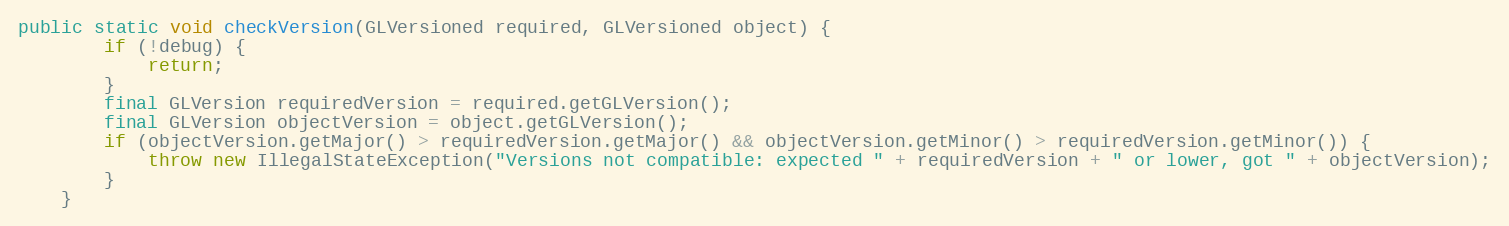
Language: Java
public static void checkVersion(GLVersioned required, GLVersioned object) {
        if (!debug) {
            return;
        }
        final GLVersion requiredVersion = required.getGLVersion();
        final GLVersion objectVersion = object.getGLVersion();
        if (objectVersion.getMajor() > requiredVersion.getMajor() && objectVersion.getMinor() > requiredVersion.getMinor()) {
            throw new IllegalStateException("Versions not compatible: expected " + requiredVersion + " or lower, got " + objectVersion);
        }
    }